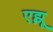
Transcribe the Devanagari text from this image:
एझू